65_HS1-834228961_62-HQ-83894_Section_2
Agency: FBI
Page 190
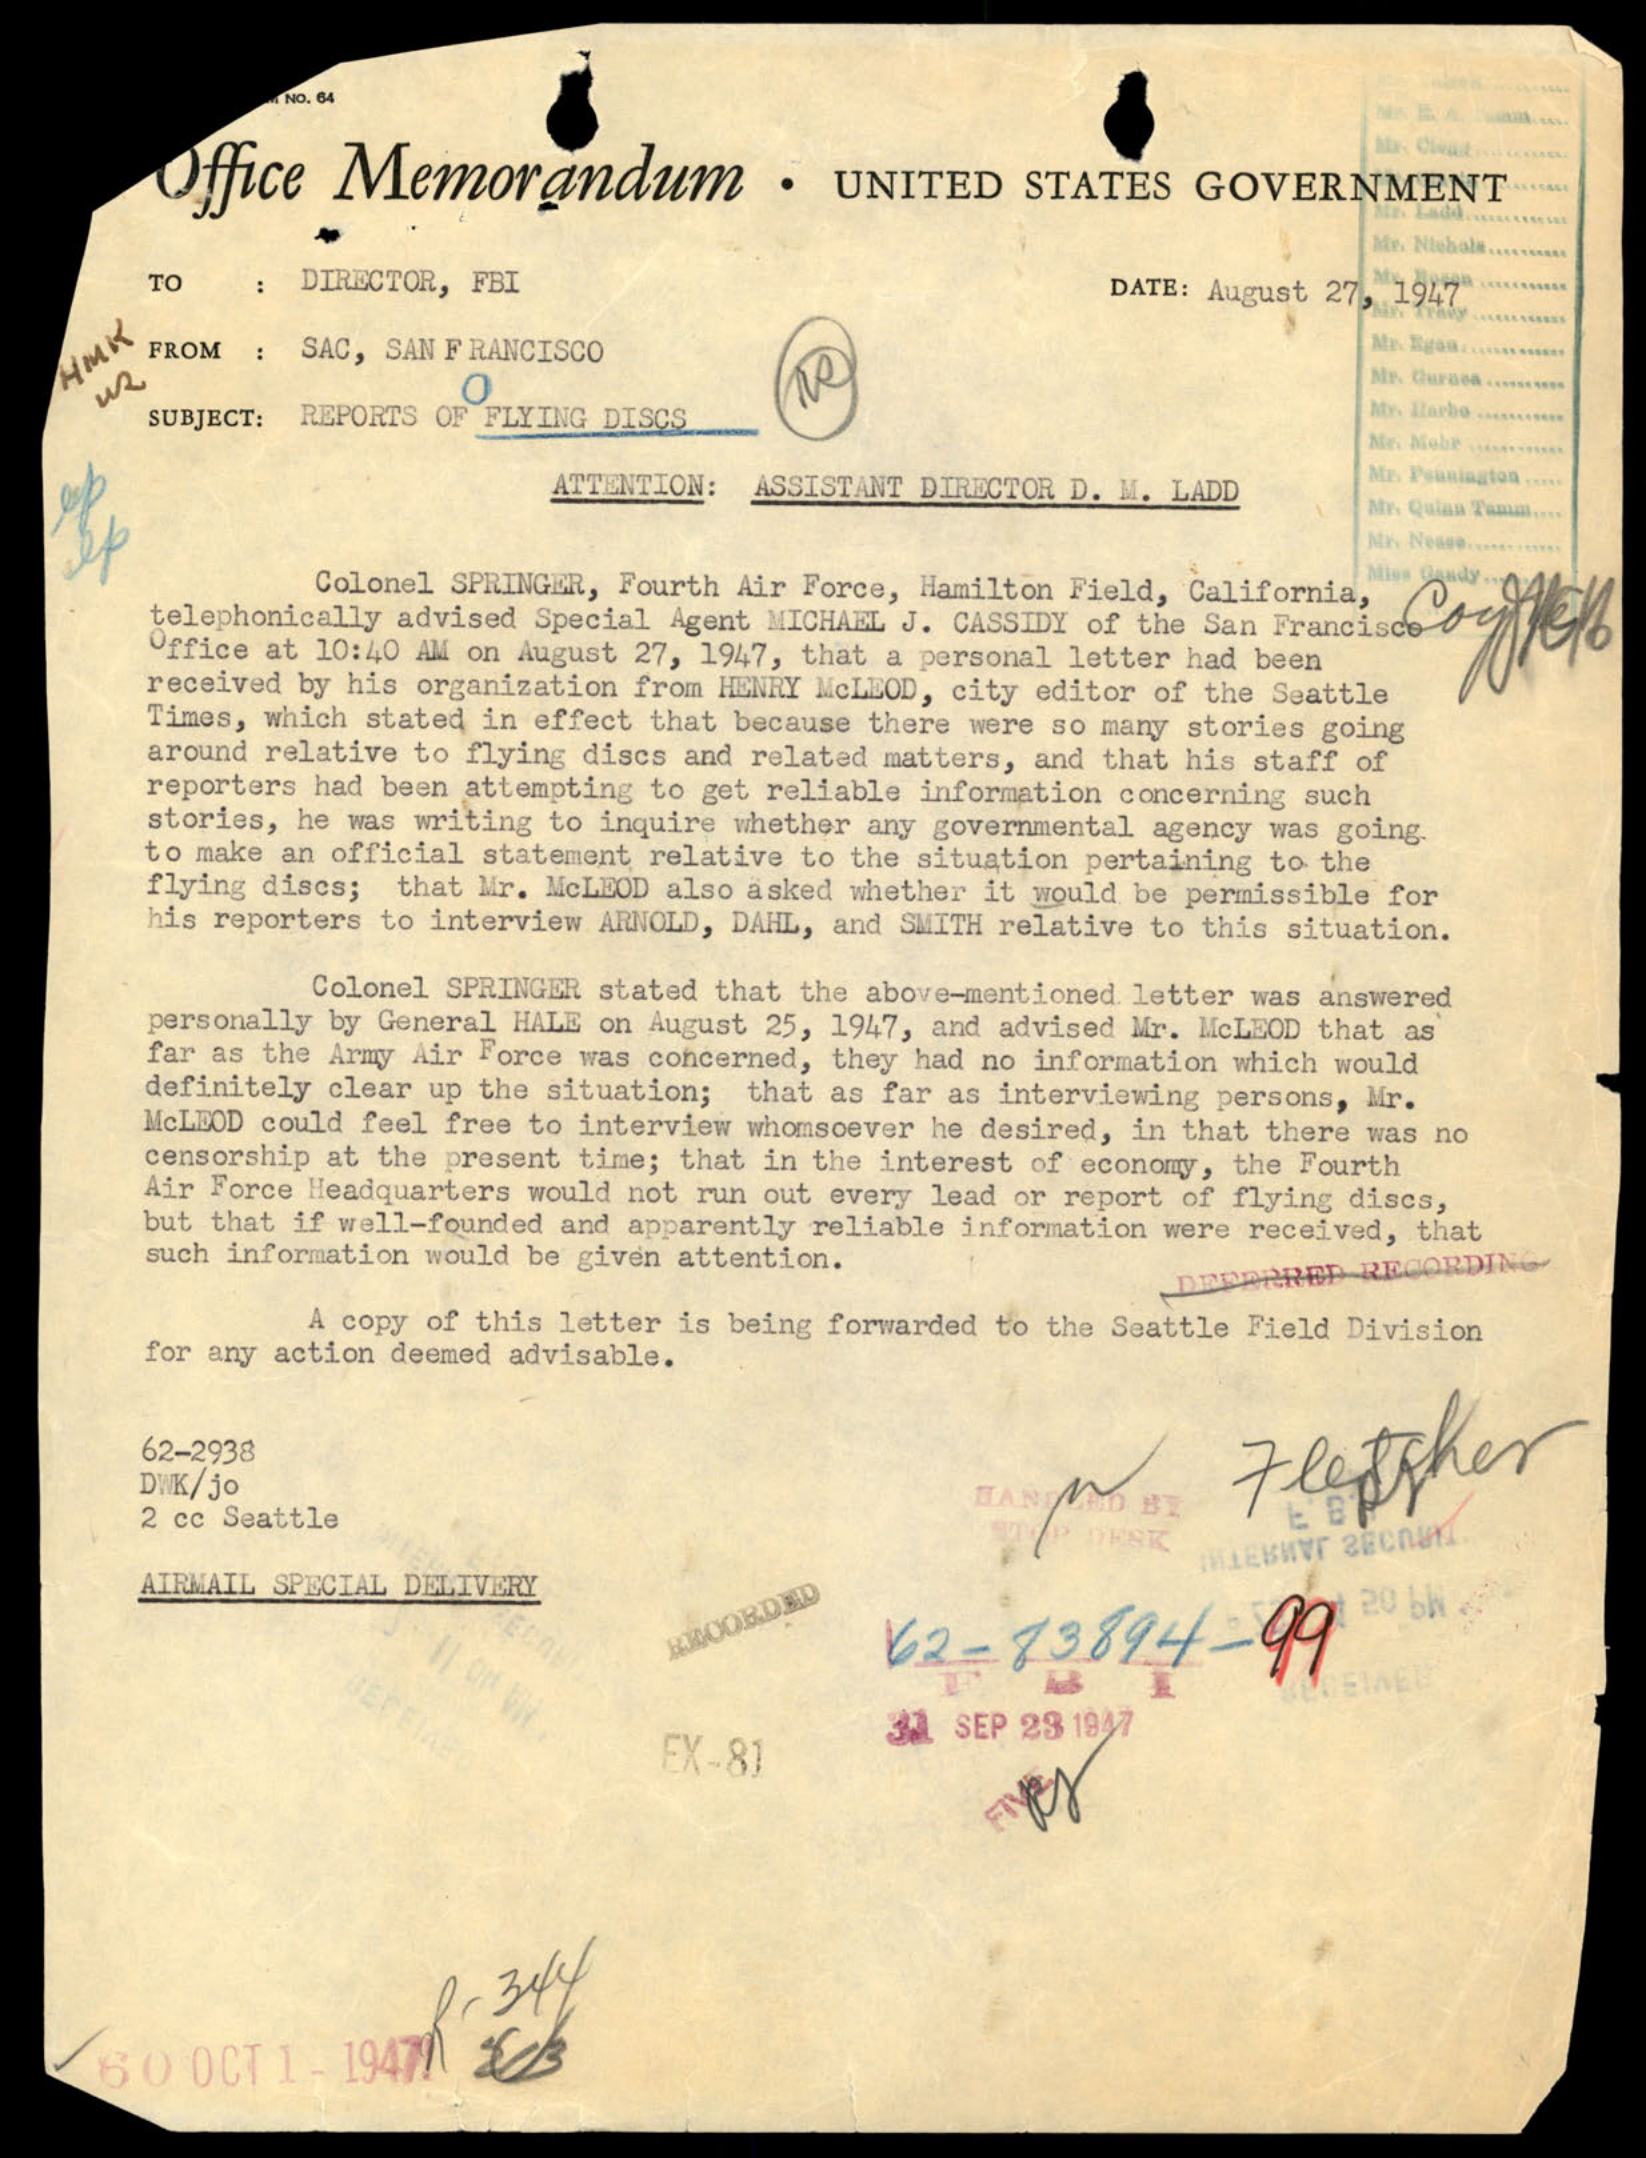